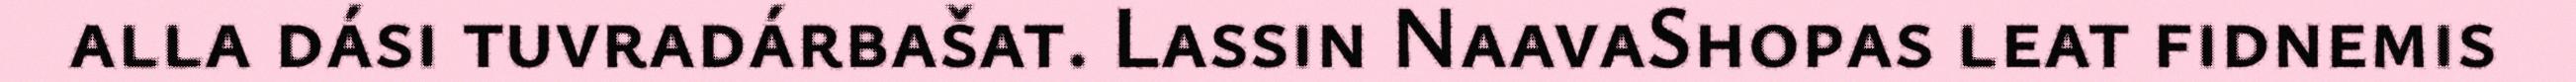
alla dási tuvradárbašat. Lassin NaavaShopas leat fidnemis